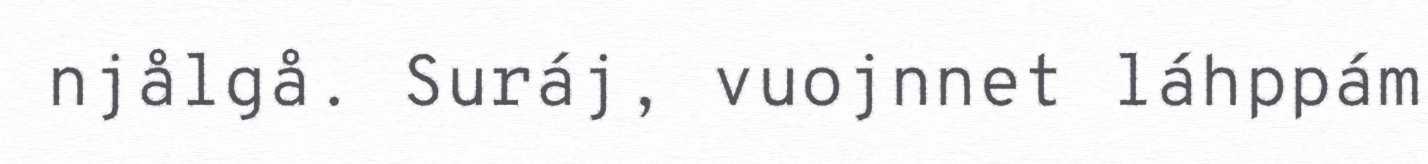
njålgå. Suráj, vuojnnet láhppám